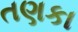
તણકા